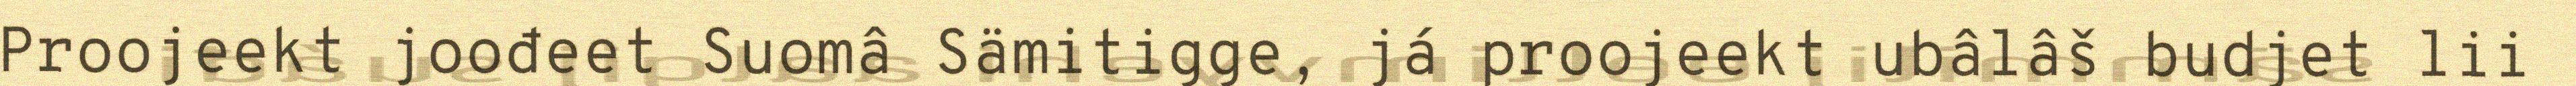
Proojeekt joođeet Suomâ Sämitigge, já proojeekt ubâlâš budjet lii